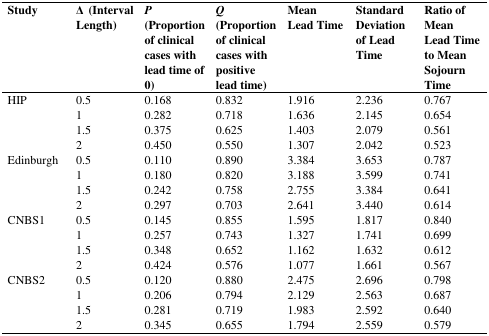
| Study | Δ (Interval Length) | P (Proportion of clinical cases with lead time of 0) | Q (Proportion of clinical cases with positive lead time) | Mean Lead Time | Standard Deviation of Lead Time | Ratio of Mean Lead Time to Mean Sojourn Time |
 | --- | --- | --- | --- | --- | --- | --- |
 | <ROWSPAN=4> HIP | 0.5 | 0.168 | 0.832 | 1.916 | 2.236 | 0.767 |
 | 1 | 0.282 | 0.718 | 1.636 | 2.145 | 0.654 |
 | 1.5 | 0.375 | 0.625 | 1.403 | 2.079 | 0.561 |
 | 2 | 0.450 | 0.550 | 1.307 | 2.042 | 0.523 |
 | <ROWSPAN=4> Edinburgh | 0.5 | 0.110 | 0.890 | 3.384 | 3.653 | 0.787 |
 | 1 | 0.180 | 0.820 | 3.188 | 3.599 | 0.741 |
 | 1.5 | 0.242 | 0.758 | 2.755 | 3.384 | 0.641 |
 | 2 | 0.297 | 0.703 | 2.641 | 3.440 | 0.614 |
 | <ROWSPAN=4> CNBS1 | 0.5 | 0.145 | 0.855 | 1.595 | 1.817 | 0.840 |
 | 1 | 0.257 | 0.743 | 1.327 | 1.741 | 0.699 |
 | 1.5 | 0.348 | 0.652 | 1.162 | 1.632 | 0.612 |
 | 2 | 0.424 | 0.576 | 1.077 | 1.661 | 0.567 |
 | <ROWSPAN=4> CNBS2 | 0.5 | 0.120 | 0.880 | 2.475 | 2.696 | 0.798 |
 | 1 | 0.206 | 0.794 | 2.129 | 2.563 | 0.687 |
 | 1.5 | 0.281 | 0.719 | 1.983 | 2.592 | 0.640 |
 | 2 | 0.345 | 0.655 | 1.794 | 2.559 | 0.579 |